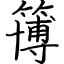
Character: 簙